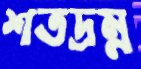
শতদ্রম্ন